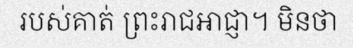
របស់គាត់ ព្រះរាជអាជ្ញា។ មិនថា